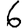
Digit: 6